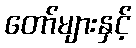
တော်များနှင့်